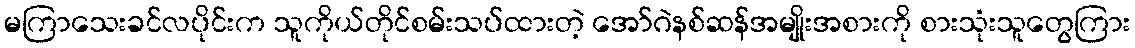
မကြာသေးခင်လပိုင်းက သူကိုယ်တိုင်စမ်းသပ်ထားတဲ့ အော်ဂဲနစ်ဆန်အမျိုးအစားကို စားသုံးသူတွေကြား